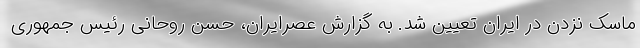
ماسک نزدن در ایران تعیین شد. به گزارش عصرایران، حسن روحانی رئیس جمهوری